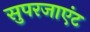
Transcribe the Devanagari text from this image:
सुपरजाएंट